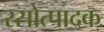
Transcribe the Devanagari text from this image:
रसोत्पादक